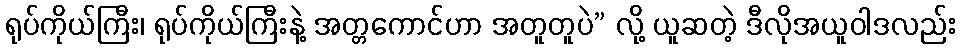
ရုပ်ကိုယ်ကြီး၊ ရုပ်ကိုယ်ကြီးနဲ့ အတ္တကောင်ဟာ အတူတူပဲ” လို့ ယူဆတဲ့ ဒီလိုအယူဝါဒလည်း